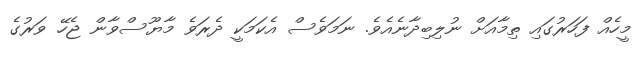
މީހެއް ފަހަރުގައި ތިމާއަށް ނުލިބިދާނެއެވެ. ނަމަވެސް އެކަމަކީ ދެރަވެ މާޔޫސްވާން ޖެހޭ ވަރުގެ